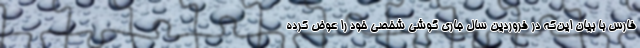
فارس با بیان این‌که در فروردین سال جاری گوشی شخصی خود را عوض کرده